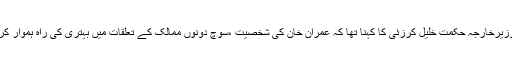
افغان نائب وزیرخارجہ حکمت خلیل کرزئی کا کہنا تھا کہ عمران خان کی شخصیت ،سوچ دونوں ممالک کے تعلقات میں بہتری کی راہ ہموار کر سکتی ہے۔